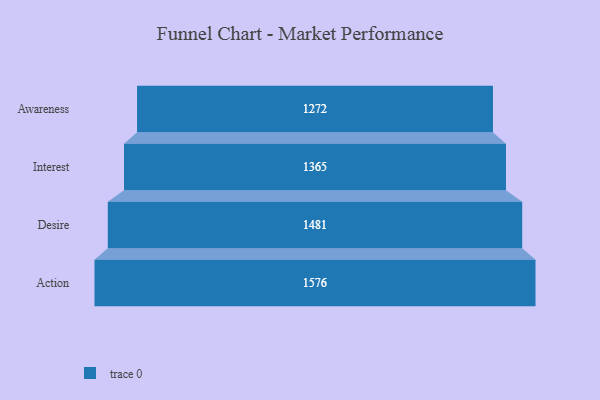
{"axis": {"x": "Stage", "y": "Value"}, "legend": [""], "data": [{"x": "Awareness", "y": 1272.0, "type": ""}, {"x": "Interest", "y": 1365.0, "type": ""}, {"x": "Desire", "y": 1481.0, "type": ""}, {"x": "Action", "y": 1576.0, "type": ""}]}